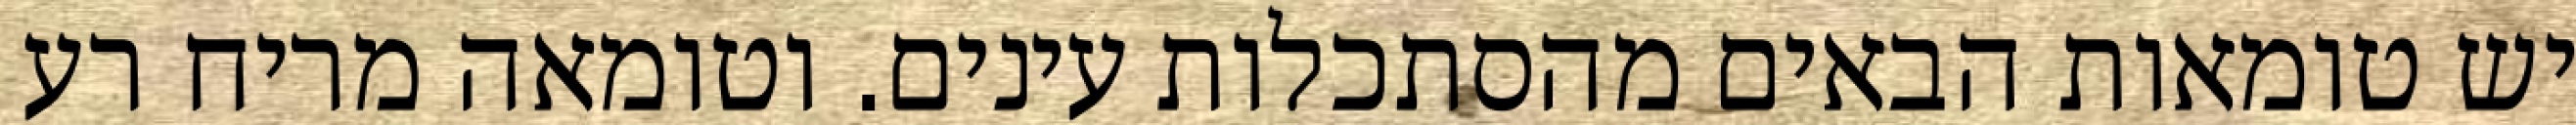
יש טומאות הבאים מהסתכלות עינים. וטומאה מריח רע